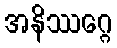
အနိဿဂ္ဂေ